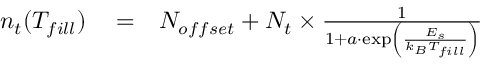
\begin{array} { r l r } { n _ { t } ( T _ { f i l l } ) } & { { } = } & { N _ { o f f s e t } + { N _ { t } \times { \frac { 1 } { 1 + a \cdot \exp \left( { \frac { E _ { s } } { k _ { B } T _ { f i l l } } } \right) } } } } \end{array}